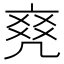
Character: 𠅫